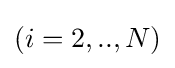
(i=2,..,N)